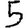
Digit: 5